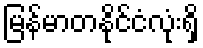
မြန်မာတနိုင်ငံလုံးရှိ